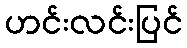
ဟင်းလင်းပြင်